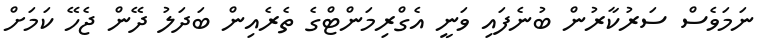
ނަމަވެސް ސަރުކާރުން ބުނެފައި ވަނީ އެގްރިމަންޓްގެ ތެރެއިން ބަދަލު ދޭން ޖެހޭ ކަމަށް